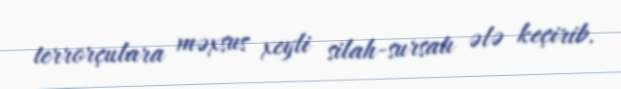
terrorçulara məxsus xeyli silah-sursatı ələ keçirib.